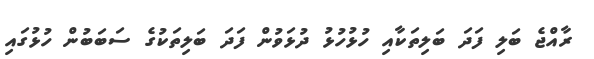
ރާއްޖެ ބަލި ފަދަ ބަލިތަކާއި ހުޅުހުޅު ދުޅަވުން ފަދަ ބަލިތަކުގެ ސަބަބުން ހުޅުގައި